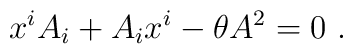
x^i A_i + A_i x^i -\theta A^2=0~.